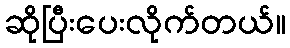
ဆိုပြီးပေးလိုက်တယ်။